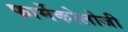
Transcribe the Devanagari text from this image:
फार्मेकोलोजी